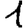
Digit: 1